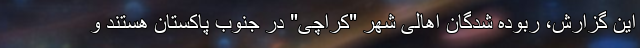
این گزارش، ربوده شدگان اهالی شهر "کراچی" در جنوب پاکستان هستند و